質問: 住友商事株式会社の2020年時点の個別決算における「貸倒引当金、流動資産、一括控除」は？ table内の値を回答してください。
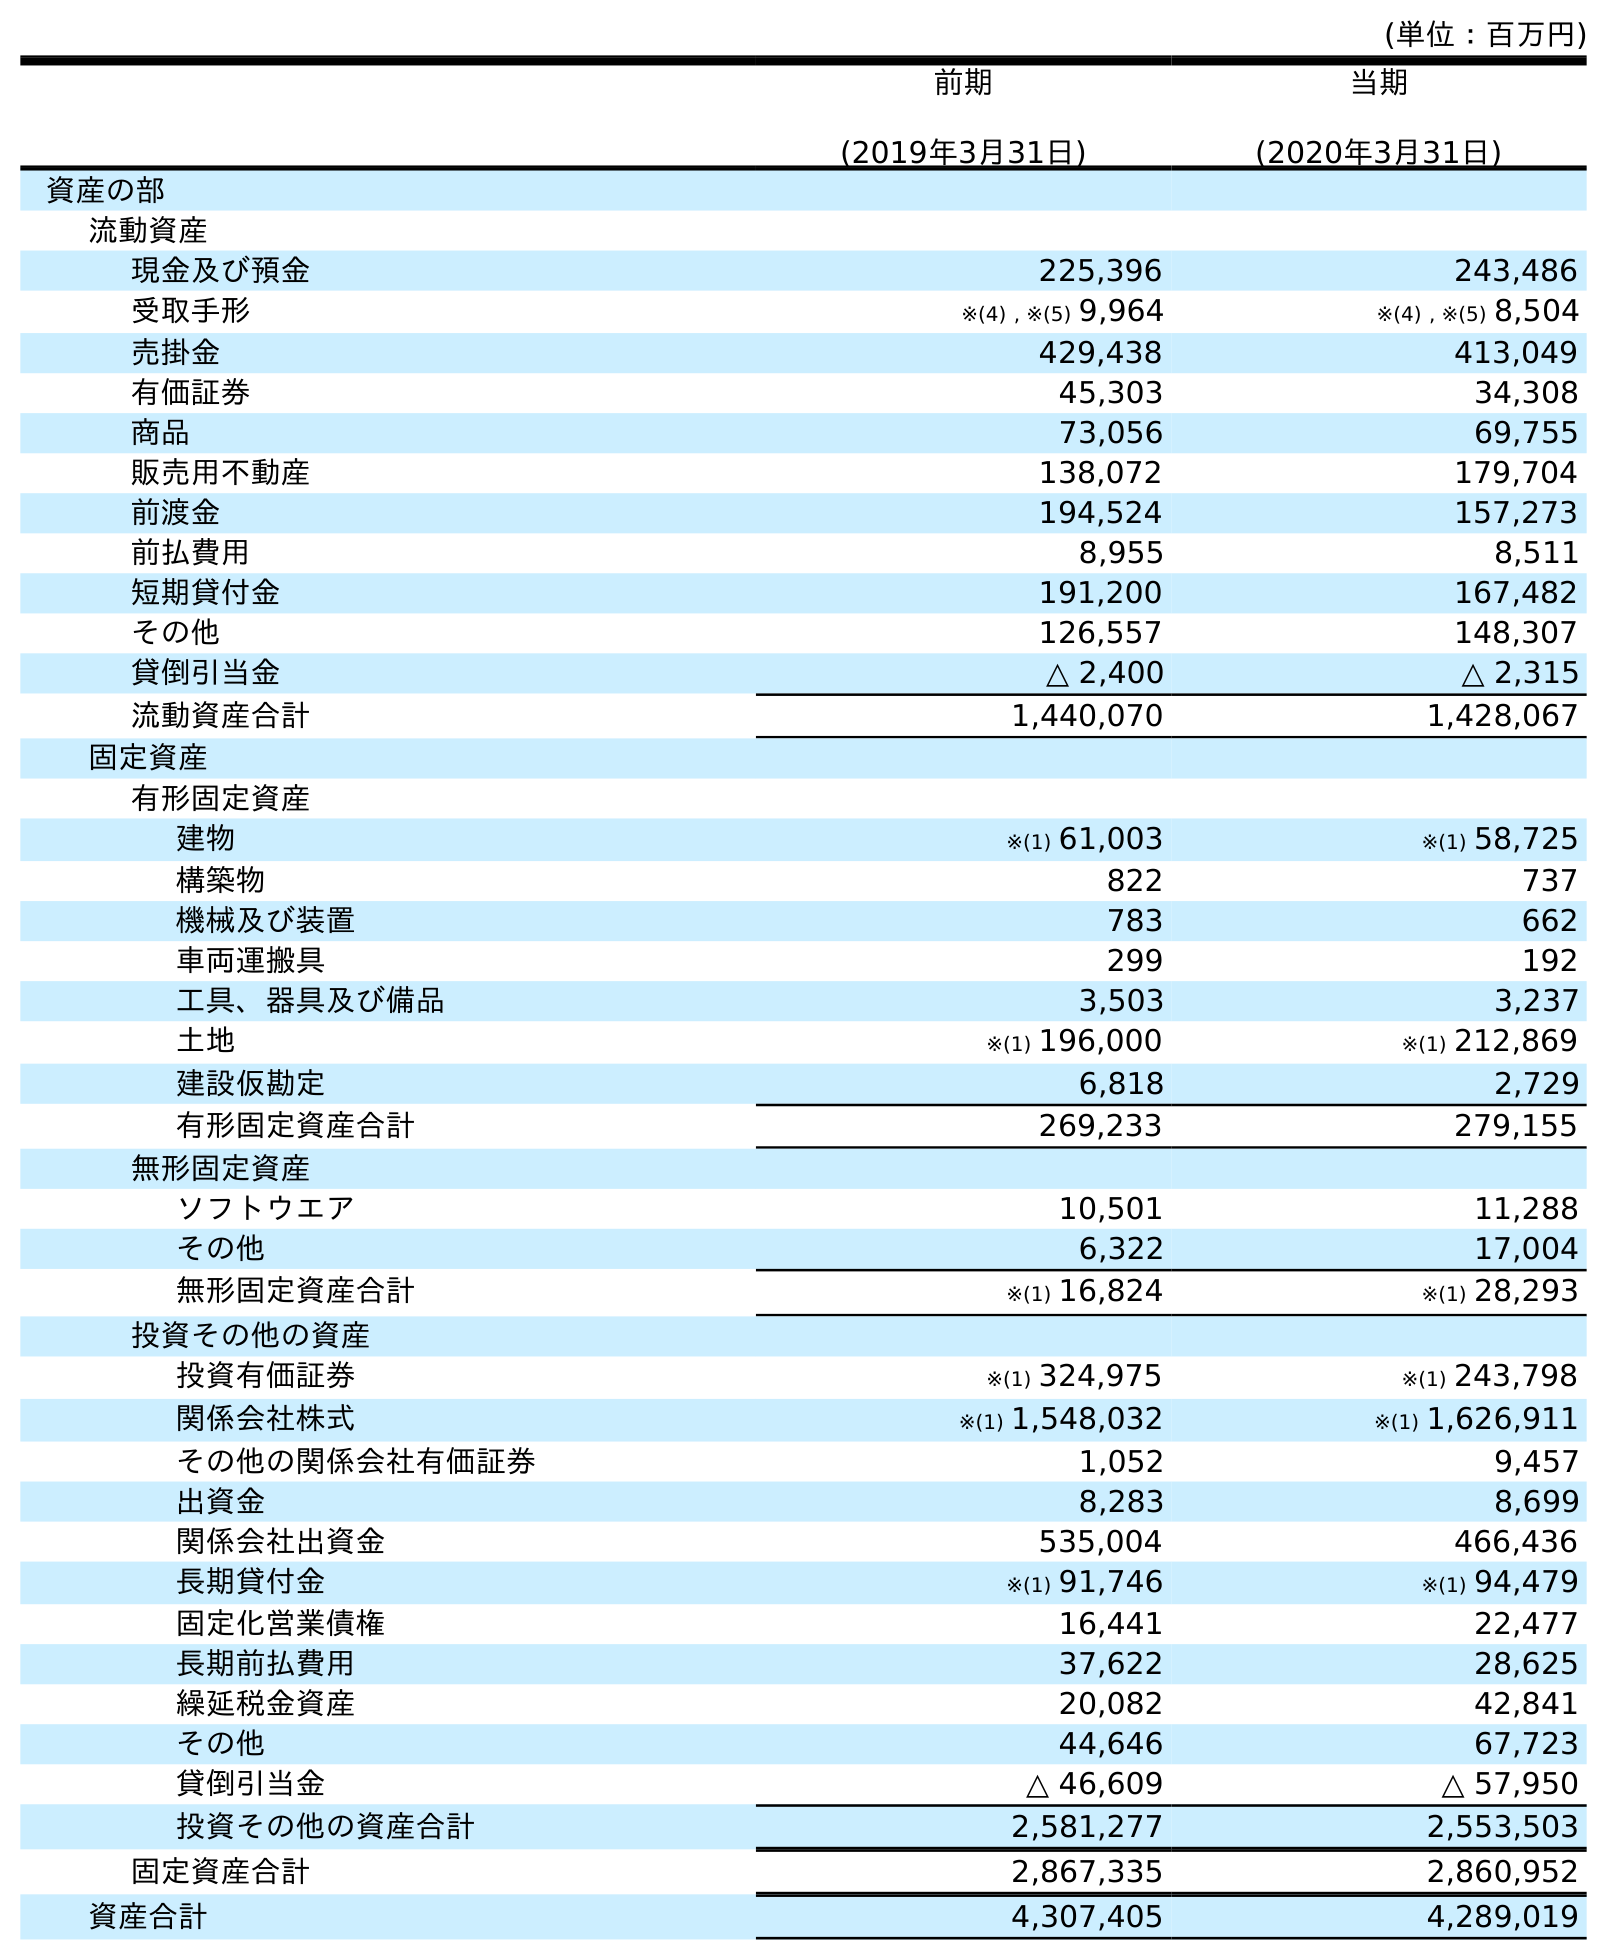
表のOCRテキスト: (単位：百万円) 前期 (2019年3月31日) 当期 (2020年3月31日) 資産の部 流動資産 現金及び預金 225,396 243,486 受取手形 ※(4) , ※(5) 9,964 ※(4) , ※(5) 8,504 売掛金 429,438 413,049 有価証券 45,303 34,308 商品 73,056 69,755 販売用不動産 138,072 179,704 前渡金 194,524 157,273 前払費用 8,955 8,511 短期貸付金 191,200 167,482 その他 126,557 148,307 貸倒引当金 △ 2,400 △ 2,315 流動資産合計 1,440,070 1,428,067 固定資産 有形固定資産 建物 ※(1) 61,003 ※(1) 58,725 構築物 822 737 機械及び装置 783 662 車両運搬具 299 192 工具、器具及び備品 3,503 3,237 土地 ※(1) 196,000 ※(1) 212,869 建設仮勘定 6,818 2,729 有形固定資産合計 269,233 279,155 無形固定資産 ソフトウエア 10,501 11,288 その他 6,322 17,004 無形固定資産合計 ※(1) 16,824 ※(1) 28,293 投資その他の資産 投資有価証券 ※(1) 324,975 ※(1) 243,798 関係会社株式 ※(1) 1,548,032 ※(1) 1,626,911 その他の関係会社有価証券 1,052 9,457 出資金 8,283 8,699 関係会社出資金 535,004 466,436 長期貸付金 ※(1) 91,746 ※(1) 94,479 固定化営業債権 16,441 22,477 長期前払費用 37,622 28,625 繰延税金資産 20,082 42,841 その他 44,646 67,723 貸倒引当金 △ 46,609 △ 57,950 投資その他の資産合計 2,581,277 2,553,503 固定資産合計 2,867,335 2,860,952 資産合計 4,307,405 4,289,019
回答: △2,315